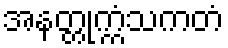
အနတ္တုက္ကံသကတံ